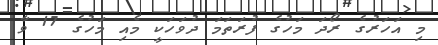
މި އަހަރުގެ ރޯދަ މަހުގެ ފުރަތަމަ ދުވަހަކީ މެއި މަހުގެ 17 ވާ